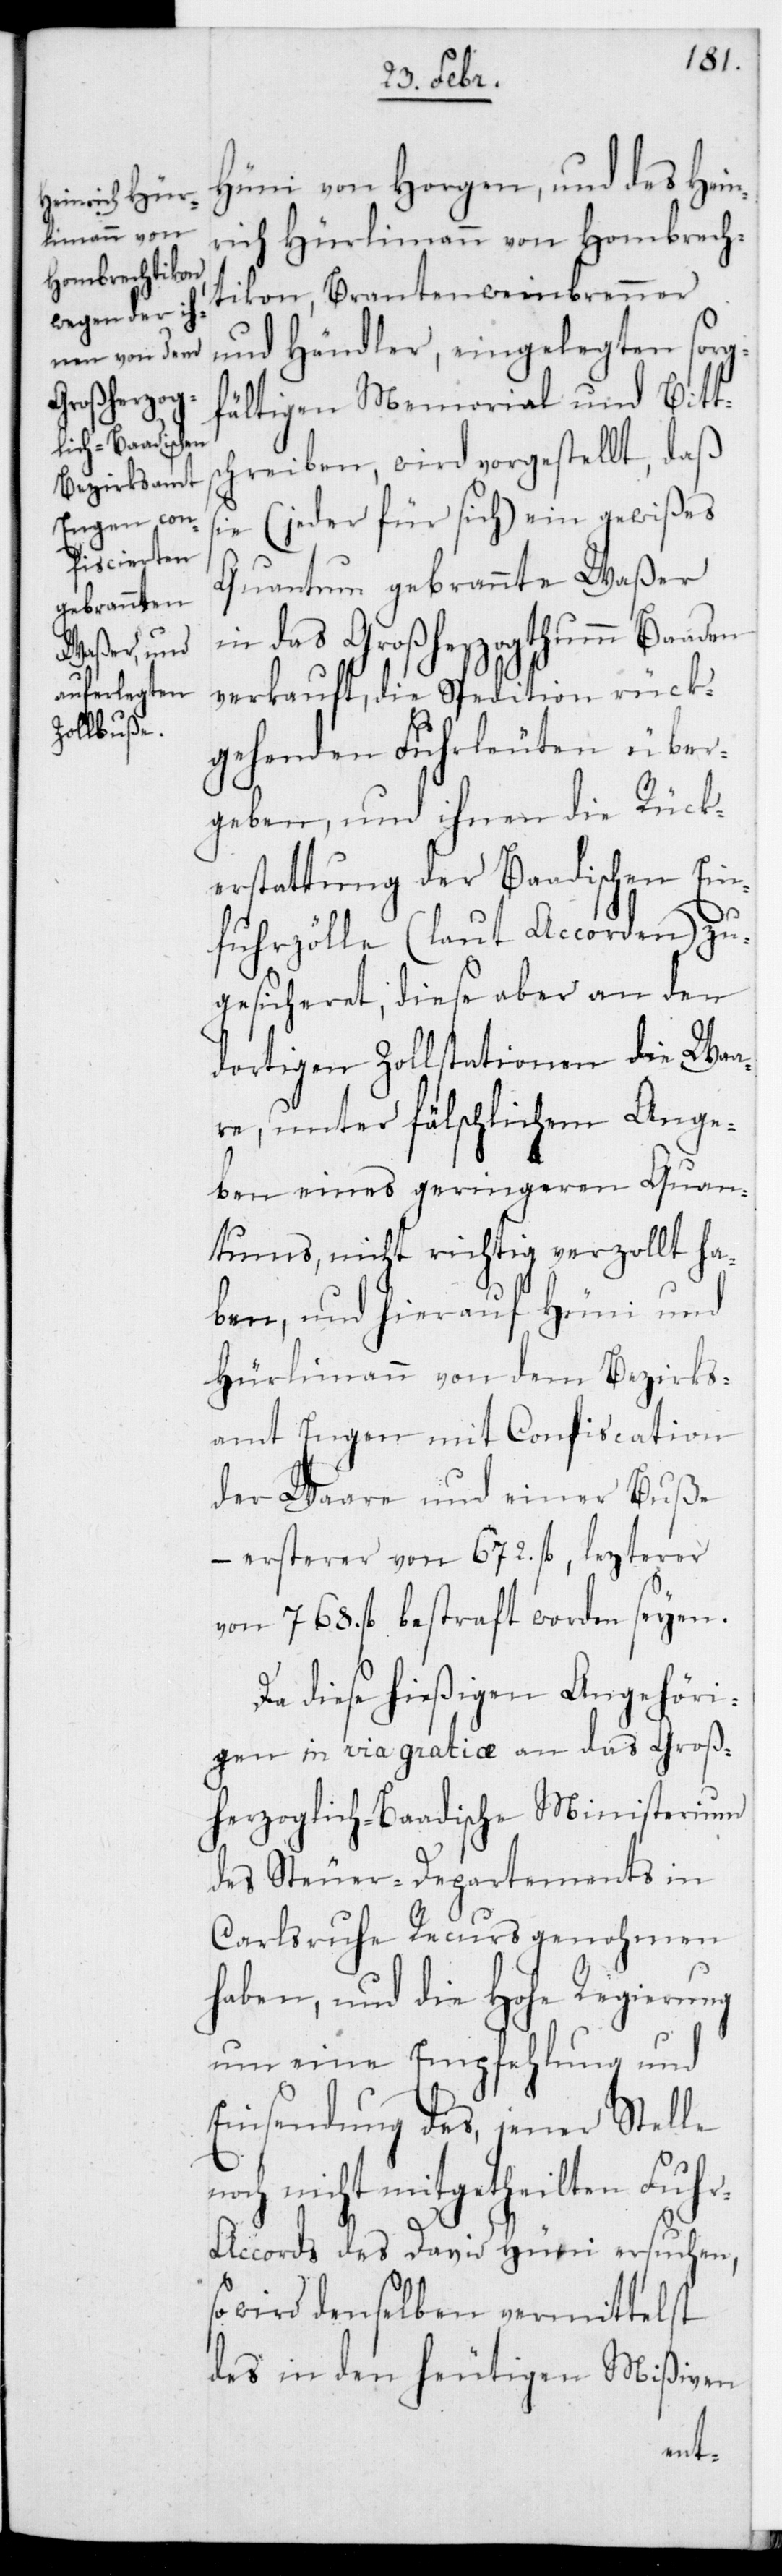
Hüni von Horgen und des Hein¬
rich Hürlimann von Hombräch¬
tikon, Branntenweinbrenner
und Händler, eingelegten sorg¬
fältigen Memorial und Bitts¬
chreiben, wird vorgestellt, daß
sie (jeder für sich) ein gewißes
Quantum gebrannte Waßer
in das Großherzogtum Baaden
verkauft, die Spedition rück¬
gehenden Fuhrleuten über¬
geben, und ihnen die Rück¬
erstattung der Baadischen Ein¬
fuhrzölle (laut Accorden) zu¬
gesicheret, diese aber an den
dortigen Zollstationen die Wa¬
re, unter fälschlichem Ange¬
ben eines geringeren Quan¬
tums, nicht richtig verzollt ha¬
ben, und hierauf Hüni und
Hürlimann von dem Bezirks¬
amt Engen mit Confiscation
der Ware und einer Buße
– ersterer von 672. fl., lezterer
von 768. fl. bestraft worden seyen.
Da diese hießigen Angehöri¬
gen in via grathiæ an das Groß¬
herzoglich-Baadische Ministerium
des Steuerdepartements in
Karlsruhe Recurs genohmen
haben, und die Hohe Regierung
um eine Empfehlung und
Einsendung des, jener Stelle
noch nicht mitgetheilten Fuh¬
r-Accords des David Hüni ersuchen,
so wird denselben vermittelst
des in den heutigen Mißiven